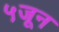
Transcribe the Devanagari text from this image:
५जून